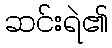
ဆင်းရဲ၏